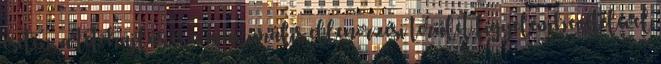
esetén, a tetõhajlás és a maximális ellenõrzési terület figyelembevételével